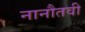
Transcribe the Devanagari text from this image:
नानौतवी